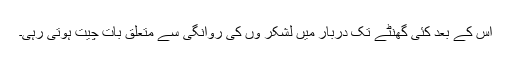
اس کے بعد کئی گھنٹے تک دربار میں لشکر وں کی روانگی سے متعلق بات چیت ہوتی رہی۔